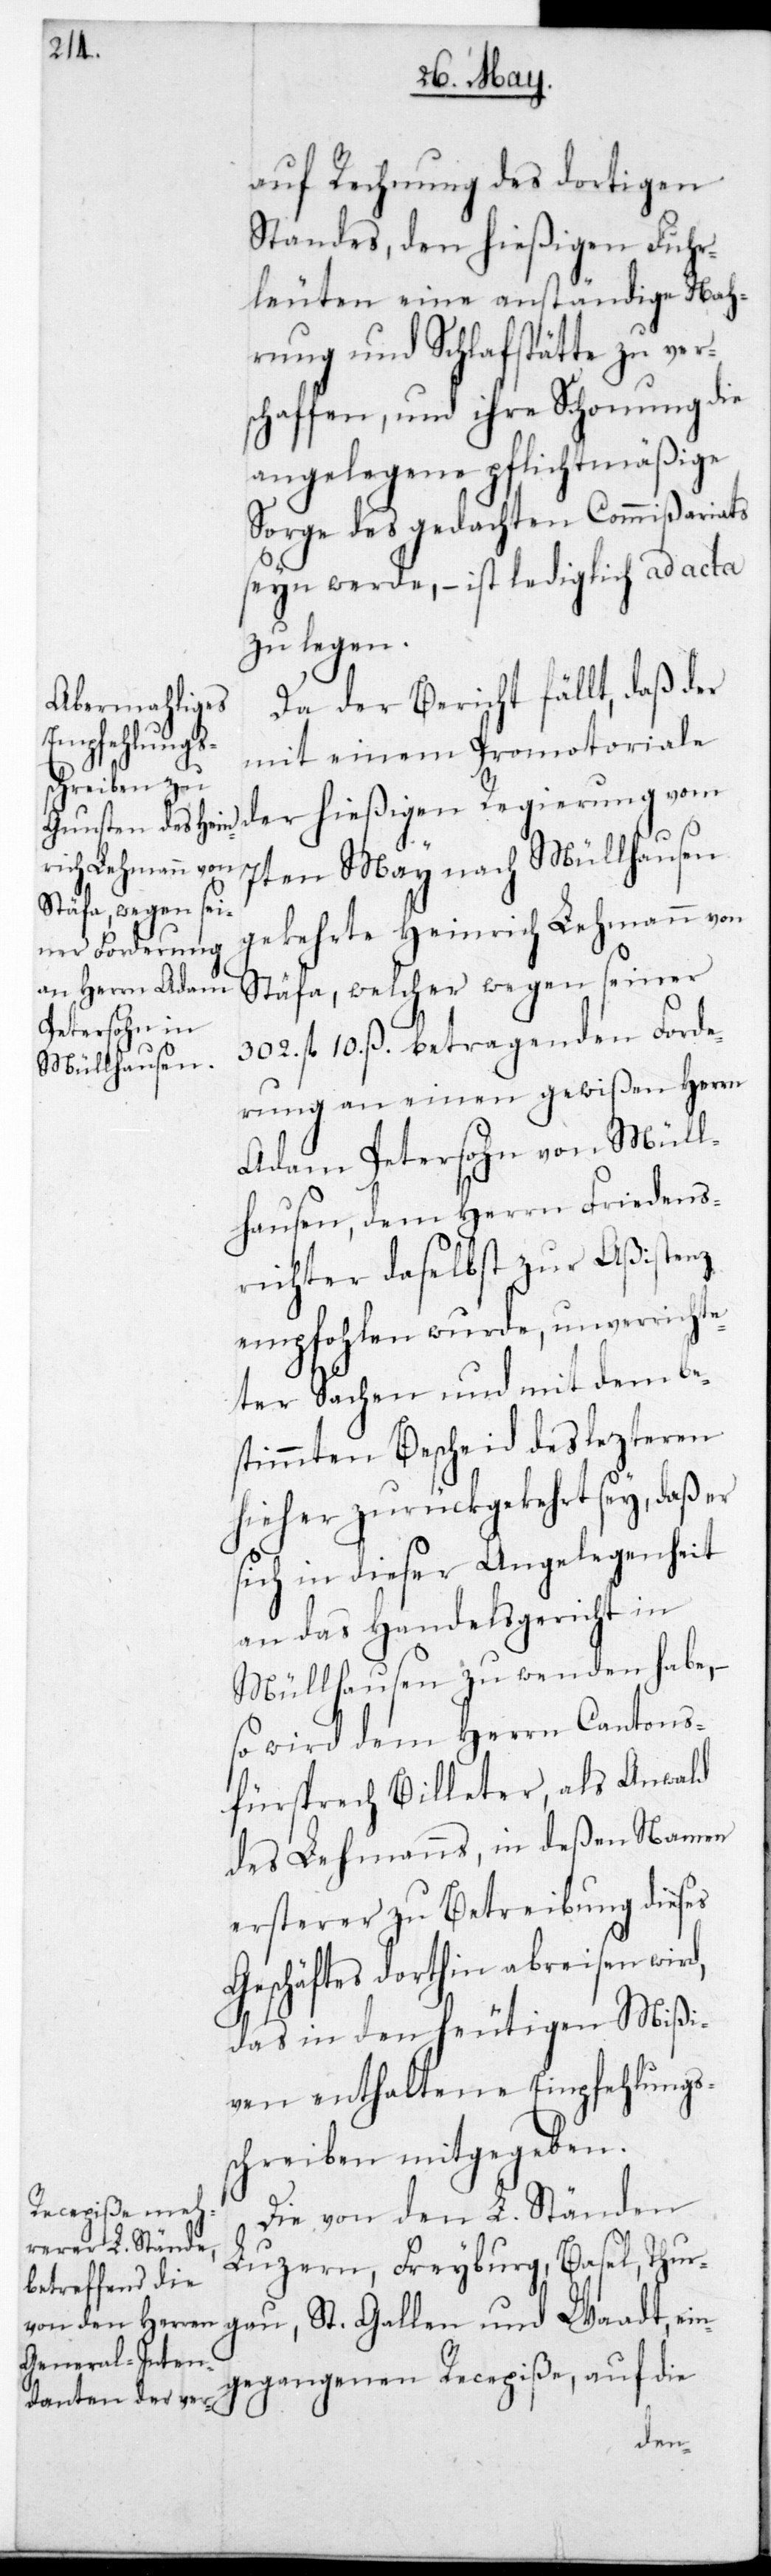
auf Rechnung des dortigen
Standes, den hießigen Fuhr¬
leuten eine anständige Nah¬
rung und Schlafstätte zu ver¬
schaffen, und ihre Schonung die
angelegene pflichtmäßige
Sorge des gedachten Commißariats
sein werde, – ist lediglich ad acta
zu legen.
Da der Bericht fällt, daß der
mit einem Promotoriale
der hießigen Regierung vom
7ten May nach Müllhausen
gekehrte Heinrich Lehmann von
Stäfa, welcher wegen seiner
302. fl. 10. ß betragenden Forde¬
rung an einen gewißen Herrn
Adam Petersohn von Müll¬
hausen, dem Herrn Friedens¬
richter daselbst zur Aßistenz
empfohlen wurde, unverrichte¬
ter Sachen und mit dem be¬
stimmten Bescheid des letzteren
hieher zurückgekehrt sey, daß er
sich in dieser Angelegenheit
an das Handelsgericht in
Müllhausen zu wenden habe, –
so wird dem Herrn Cantons¬
fürsprech Billeter, als Anwalt
des Lehmanns, in deßen Namen
ersterer zu Betreibung dieses
Geschäftes dorthin abreisen wird,
das in den heutigen Mißi¬
ven enthaltene Empfehlungs¬
schreiben mitgegeben.
Die von den L. Ständen
Luzern, Freyburg, Basel, Thur¬
gau, St. Gallen und Waadt ein¬
gegangenen Recepiße, auf die